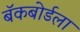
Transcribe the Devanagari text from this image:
बॅकबोर्डला